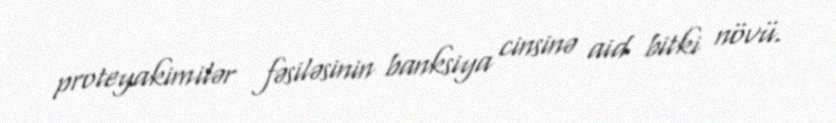
proteyakimilər fəsiləsinin banksiya cinsinə aid bitki növü.